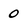
Character: 0